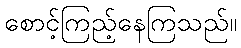
စောင့်ကြည့်နေကြသည်။